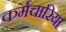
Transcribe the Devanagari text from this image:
कर्मचारिया